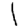
Digit: 1